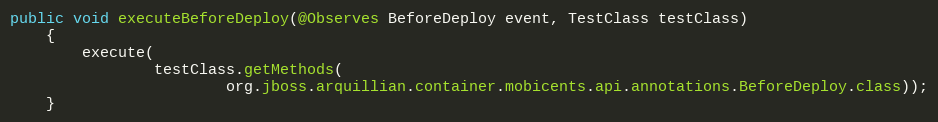
Language: Java
public void executeBeforeDeploy(@Observes BeforeDeploy event, TestClass testClass)
	{
		execute(
				testClass.getMethods(
						org.jboss.arquillian.container.mobicents.api.annotations.BeforeDeploy.class));
	}